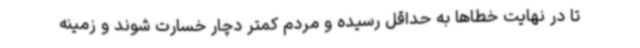
تا در نهایت خطاها به حداقل رسیده و مردم کمتر دچار خسارت شوند و زمینه